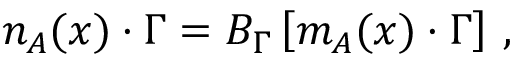
n _ { A } ( x ) \cdot \Gamma = { \cal B } _ { \Gamma } \left[ m _ { A } ( x ) \cdot \Gamma \right] \, ,